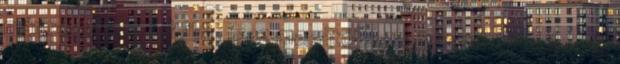
már régebben feltűnt, igaz magától sosem kezd énekelni, de